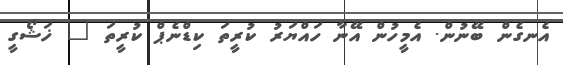
އެނގެން ބޭނުން. އެމީހުން އޭނާ ހައްޔަރު ކުރީތަ ކިޑްނެޕް ކުރީތަ " ޚަޝޯގީ